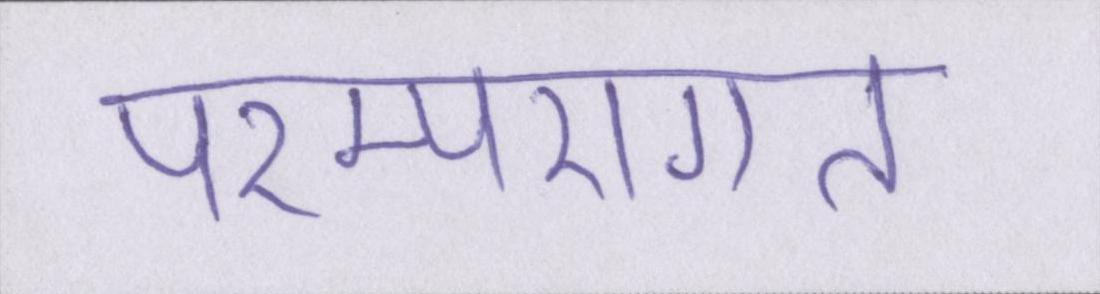
परम्परागत